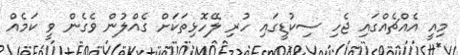
މިއީ އެއްޗެއްގައި ޖެހި ސިކުޑީގައި ހުރި ލޭހޮޅިތަކަށް ގެއްލުން ވެގެން ވީ ކަމެއް